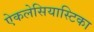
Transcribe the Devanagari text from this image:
ऐकलेसियास्टिका